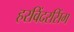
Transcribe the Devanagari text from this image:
हरविंदरसिंग